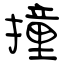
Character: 撞